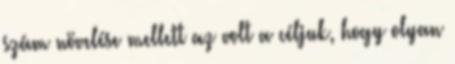
szám növelése mellett az volt a céljuk, hogy olyan